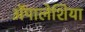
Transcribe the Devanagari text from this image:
ॲपालेशिया